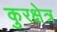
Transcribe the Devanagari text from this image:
कुरक्षेत्र